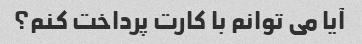
آیا می توانم با کارت پرداخت کنم؟